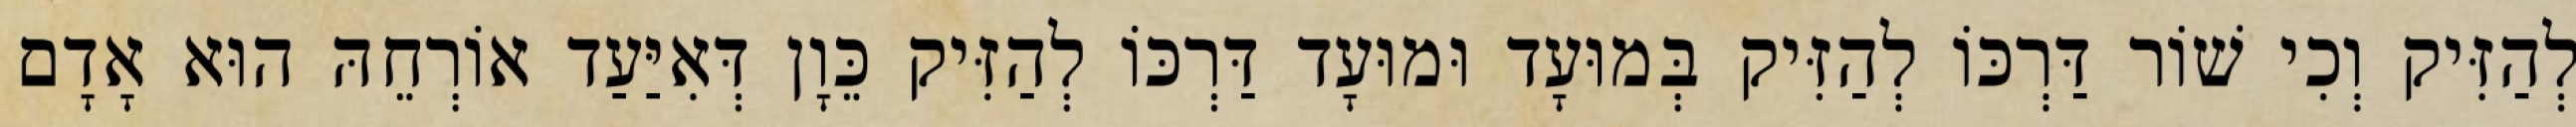
לְהַזִּיק וְכִי שׁוֹר דַּרְכּוֹ לְהַזִּיק בְּמוּעָד וּמוּעָד דַּרְכּוֹ לְהַזִּיק כֵּוָן דְּאִיַּעַד אוֹרְחֵהּ הוּא אָדָם